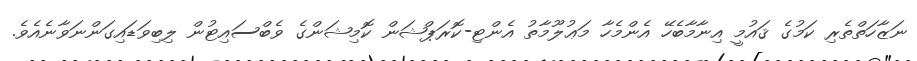
ނަޒާހަތްތެރި ކަމުގެ ޤައުމީ އިނާމާބެހޭ އެންމެހާ މަޢުލޫމާތު އެންޓި-ކޮރަޕްޝަން ކޮމިޝަންގެ ވެބްސައިޓުން ލިބިވަޑައިގަންނަވާނެއެވެ.